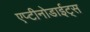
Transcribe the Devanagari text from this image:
एप्टीनोडाईट्स